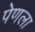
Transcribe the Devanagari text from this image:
पेणला